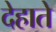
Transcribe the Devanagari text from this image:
देहाते